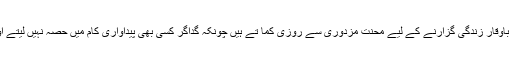
معاشتی نقطہ نگاہ سے گداگر ان لوگوں کی آمدن پر بوجھ ہیں جو معاشرے میں باوقار زندگی گزارنے کے لیے محنت مزدوری سے روزی کما تے ہیں چونکہ گداگر کسی بھی پیداواری کام میں حصہ نہیں لیتے اور عام افراد سے لے کر حکومت کی سطح تک وسائل پر بوجھ بنے ہوئے ہیں۔